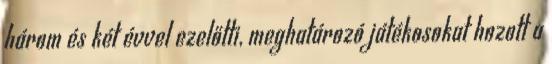
három és két évvel ezelőtti, meghatározó játékosokat hozott a